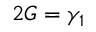
2 G = \gamma _ { 1 }